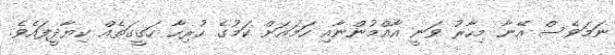
ނަމަވެސް އޭނާ މިހާރު ވަނީ އާއްމުންނާއި ހަމައަށް ކަމުގެ ހުރިހާ ހަގީގަތެއް ކިޔާދީފައެވެ.